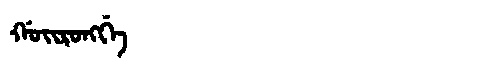
Manchu: ᡤᠣᡳᡵᠣᠩᡤᡝ
Romanization: GOIRONGGE